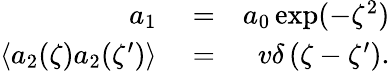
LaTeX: \begin{array}{rlr}{a_{1}}&{{}=}&{a_{0}\exp(-\zeta^{2})}\\ {\left\langle a_{2}(\zeta)a_{2}(\zeta^{\prime})\right\rangle}&{{}=}&{v\delta\left(\zeta-\zeta^{\prime}\right).}\end{array}